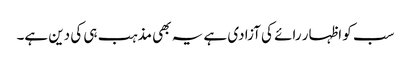
سب کو اظہار رائے کی آزادی ہے یہ بھی مذہب ہی کی دین ہے۔